Report on the working of the Ranchi Indian Mental Hospital, Kanke, in Bihar and Orissa - 1930-1940
Year: 1930
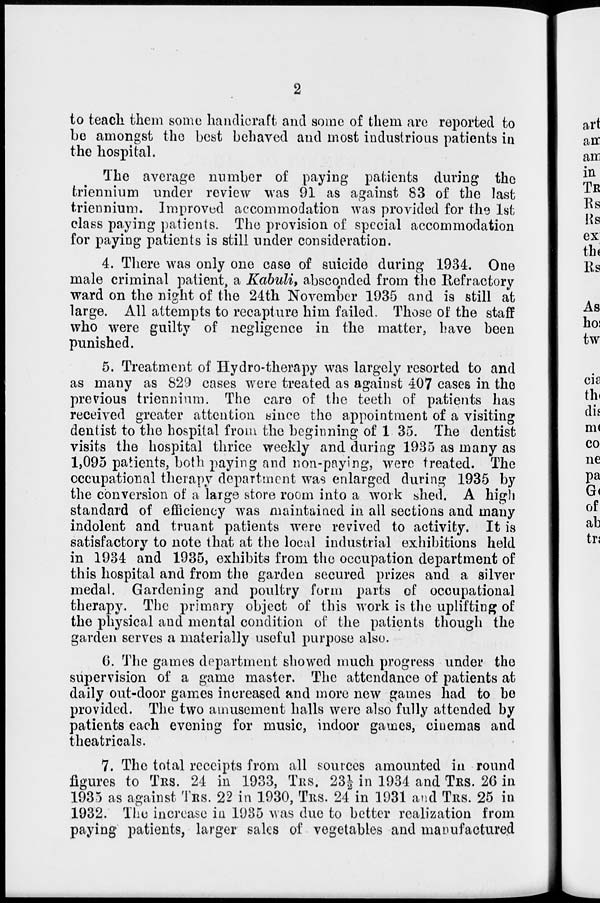
2
to teach them some handicraft and some of them are reported to
be amongst the best behaved and most industrious patients in
the hospital.
The average number of paying patients during the
triennium under review was 91 as against 83 of the last
triennium. Improved accommodation was provided for the 1st
class paying patients. The provision of special accommodation
for paying patients is still under consideration.
4. There was only one case of suicide during 1934. One
male criminal patient, a Kabuli, absconded from the Refractory
ward on the night of the 24th November 1935 and is still at
large. All attempts to recapture him failed. Those of the staff
who were guilty of negligence in the matter, have been
punished.
5. Treatment of Hydro-therapy was largely resorted to and
as many as 829 cases were treated as against 407 cases in the
previous triennium. The care of the teeth of patients has
received greater attention since the appointment of a visiting
dentist to the hospital from the beginning of 1935. The dentist
visits the hospital thrice weekly and during 1935 as many as
1,095 patients, both paying and non-paying, were treated. The
occupational therapy department was enlarged during 1935 by
the conversion of a large store room into a work shed. A high
standard of efficiency was maintained in all sections and many
indolent and truant patients were revived to activity. It is
satisfactory to note that at the local industrial exhibitions held
in 1934 and 1935, exhibits from the occupation department of
this hospital and from the garden secured prizes and a silver
medal. Gardening and poultry form parts of occupational
therapy. The primary object of this work is the uplifting of
the physical and mental condition of the patients though the
garden serves a materially useful purpose also.
6. The games department showed much progress under the
supervision of a game master. The attendance of patients at
daily out-door games increased and more new games had to be
provided. The two amusement halls were also fully attended by
patients each evening for music, indoor games, cinemas and
theatricals.
7. The total receipts from all sources amounted in round
figures to TRS. 24 in 1933, TRS. 23½ in 1934 and TRS. 26 in
1935 as against TRS. 22 in 1930, TRS. 24 in 1931 and TRS. 25 in
1932. The increase in 1935 was due to better realization from
paying patients, larger sales of vegetables and manufactured